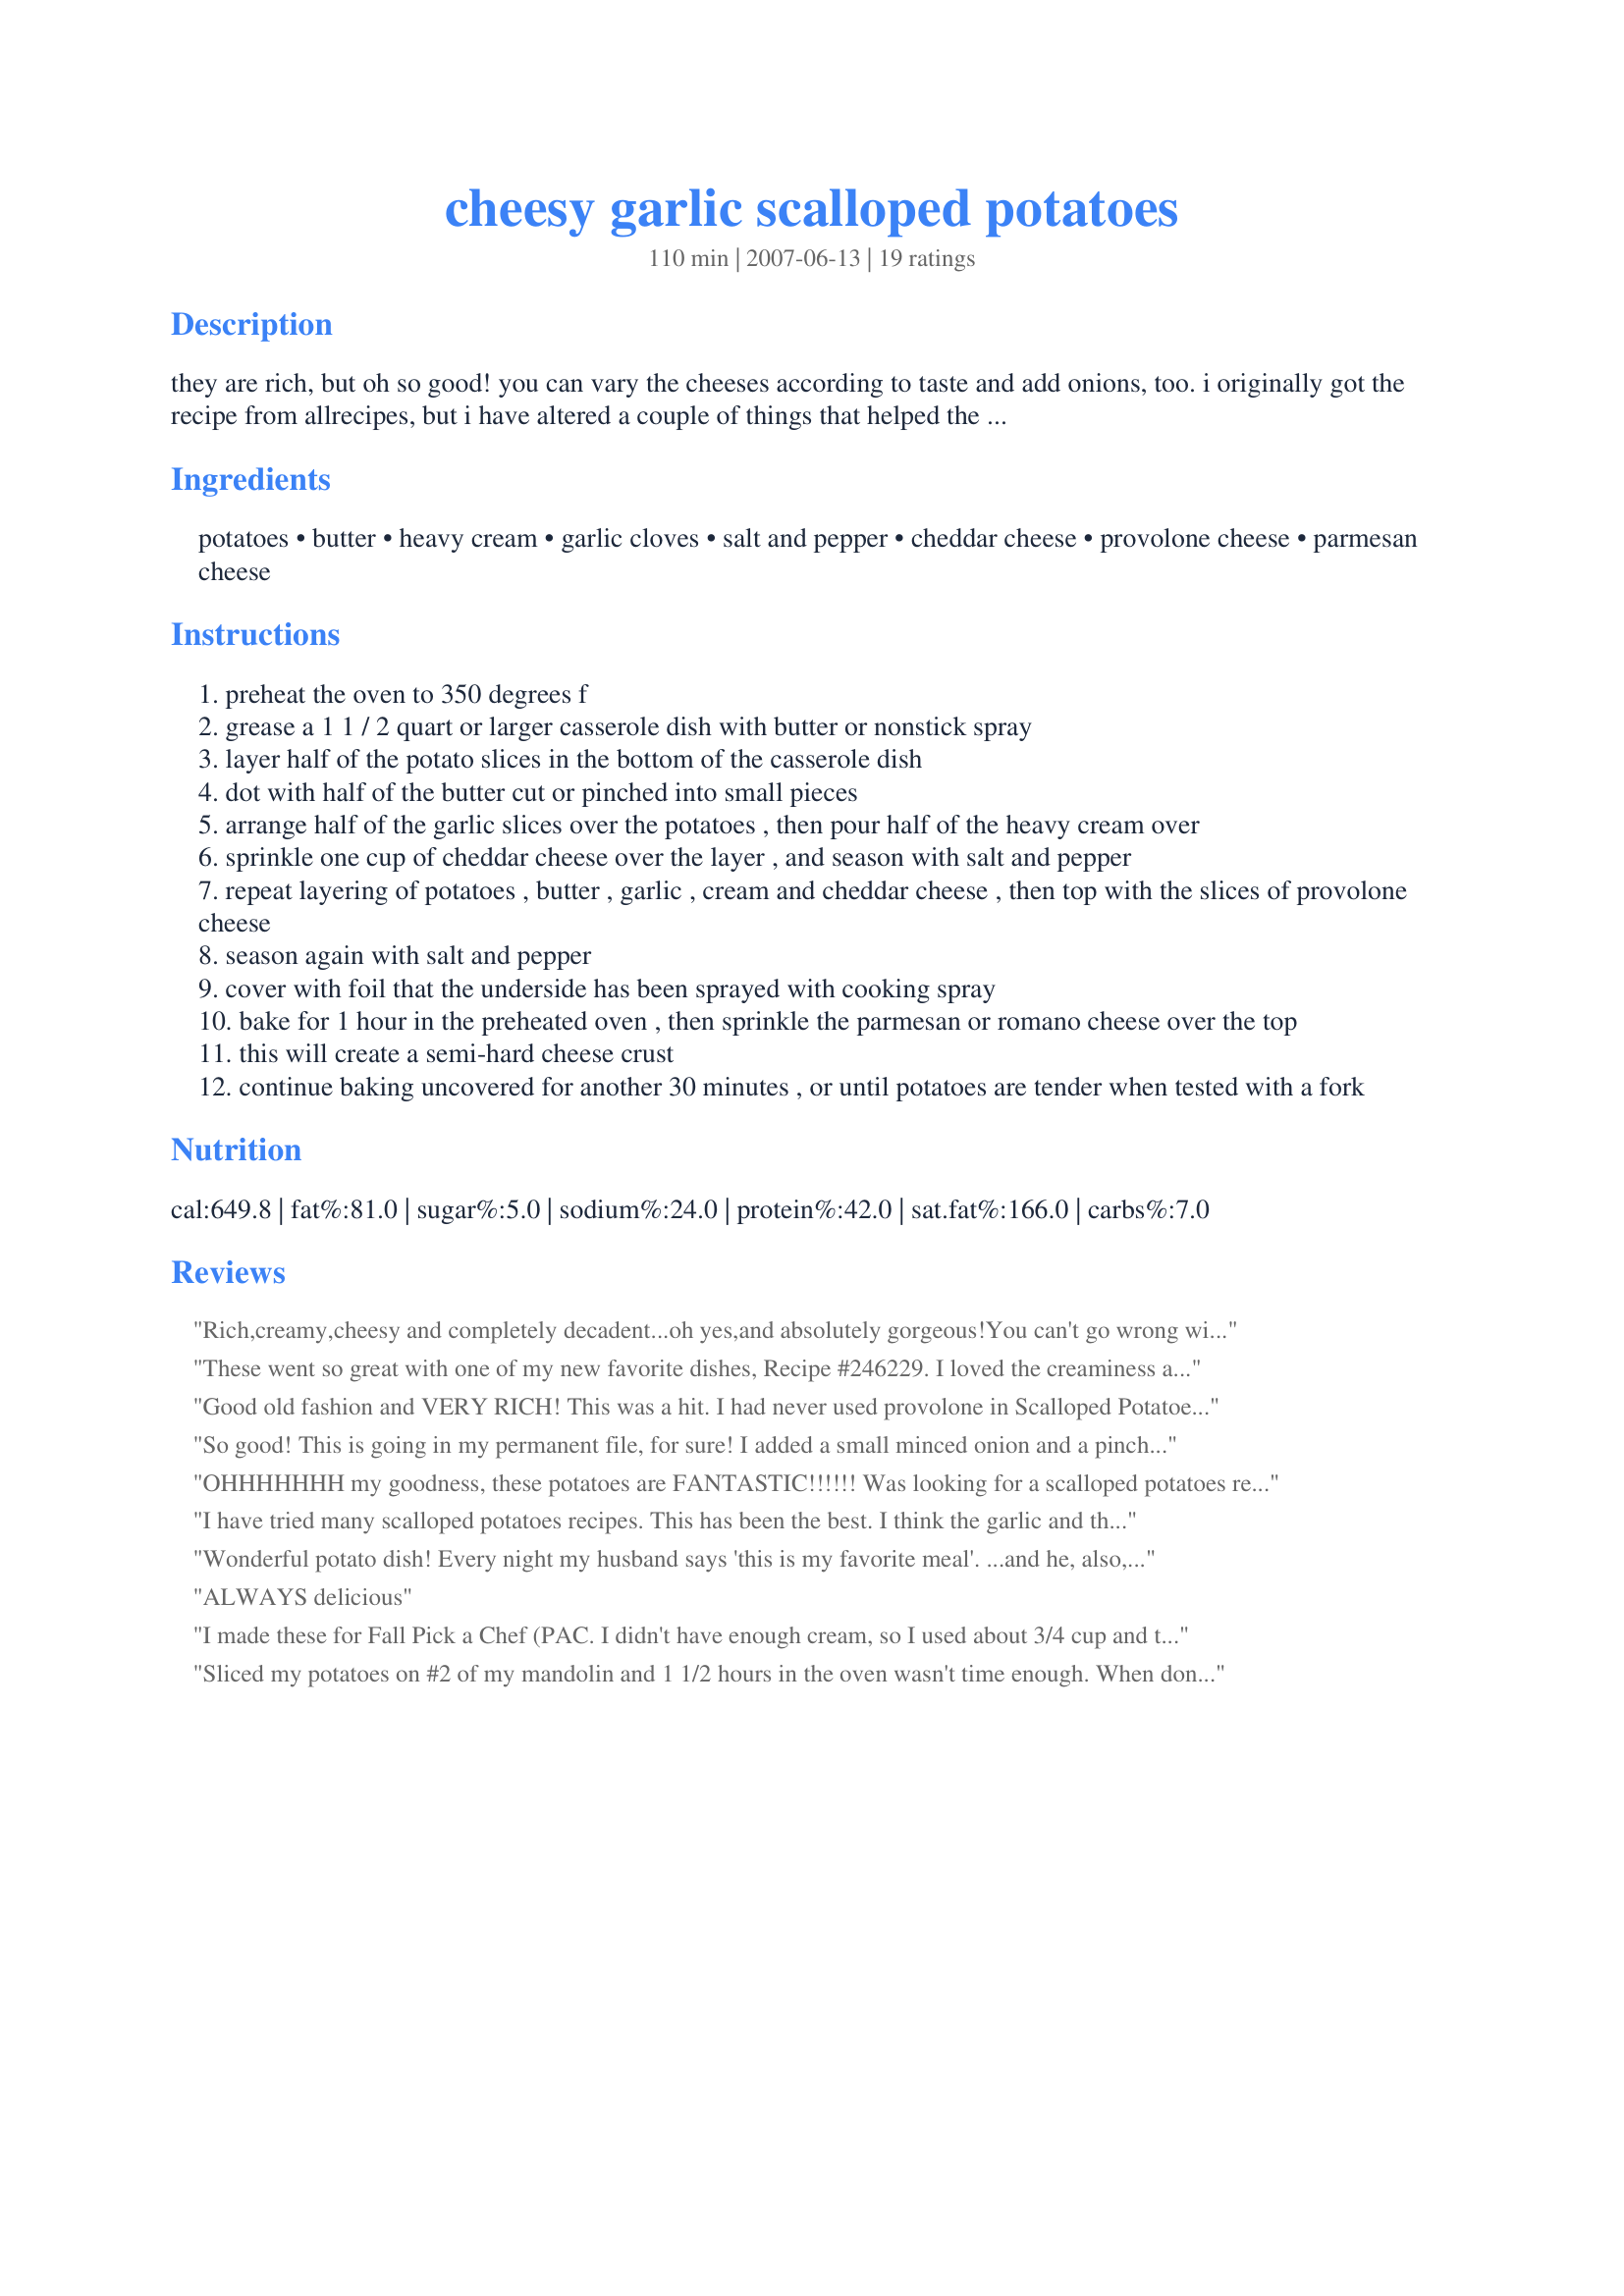
cheesy garlic scalloped potatoes
Preparation time: 110 minutes

they are rich, but oh so good! you can vary the cheeses according to taste and add onions, too. i originally got the recipe from allrecipes, but i have altered a couple of things that helped the recipe we believe. it is a family favorite!

Ingredients:
potatoes, butter, heavy cream, garlic cloves, salt and pepper, cheddar cheese, provolone cheese, parmesan cheese

Steps:
preheat the oven to 350 degrees f
grease a 1 1 / 2 quart or larger casserole dish with butter or nonstick spray
layer half of the potato slices in the bottom of the casserole dish
dot with half of the butter cut or pinched into small pieces
arrange half of the garlic slices over the potatoes , then pour half of the heavy cream over
sprinkle one cup of cheddar cheese over the layer , and season with salt and pepper
repeat layering of potatoes , butter , garlic , cream and cheddar cheese , then top with the slices of provolone cheese
season again with salt and pepper
cover with foil that the underside has been sprayed with cooking spray
bake for 1 hour in the preheated oven , then sprinkle the parmesan or romano cheese over the top
this will create a semi-hard cheese crust
continue baking uncovered for another 30 minutes , or until potatoes are tender when tested with a fork

Reviews:
Rich,creamy,cheesy and completely decadent...oh yes,and absolutely gorgeous!You can't go wrong with this combination of flavours and ingredients..it's fantastic.
I left the skin on my potato (why waste goodness) and sliced very thinly by hand.I subbed mozzarella for Provolone,as I can't get hold of it,and used romano for the topping..I cooked mine for about 15 minutes longer than stated,and it was perfect.The crust was beautifully crisp,giving way to creamy,garlicky,soft potato.
Definately not for those watching their waistlines-a real treat!
Thanks Sweetslady for a real winner!
These went so great with one of my new favorite dishes, Recipe #246229. I loved the creaminess and wonderful flavors of the cheese and garlic! I used the Parmesan cheese this time. These will be enjoyed again! Thanks for sharing it!
Good old fashion and VERY RICH! This was a hit. I had never used provolone in Scalloped Potatoes and I think it gave a bit something extra to the dish. Thanks for the recipe.
So good! This is going in my permanent file, for sure! I added a small minced onion and a pinch of freshly grated nutmeg to mine. I also used recipe #113203 in place of the heavy cream, and it came out wonderful.
Thank you for sharing this.
OHHHHHHH my goodness, these potatoes are FANTASTIC!!!!!! Was looking for a scalloped potatoes recipe to go with my Pork Roast. These were over the top. My DH and I agreed that this might kill us but we would die happy :) Sometimes you just have to treat yourself. Didn't have any any heavy cream so got on the internet and found that 3/4 cup milk plus 1/3 cup melted butter equaled 1 cup heavy cream. Because of the butter in the heavy cream I left out step #4. This recipe is a real keeper.
I have tried many scalloped potatoes recipes. This has been the best. I think the garlic and the parmesan cheese are the key ingredients. I only had fat free 1/2 and 1/2 on hand. I only added some chopped onions b/c I needed to use it up. I used mozzarella cheese instead of provolone only b/c I did not have that either. I would highly recommend slicing your potatoes thin. I did it by hand just to makes sure I did not have to bake longer. The hour and a 1/2 is perfect if you slice your potatoes thin. I think you could play with this recipe by cooking the garlic, adding onions, different kinds of cheese, etc....I will go back to this recipe in the future for scalloped potatoes. Try it, you will like it.Thx for the recipe:)
Wonderful potato dish! Every night my husband says 'this is my favorite meal'. ...and he, also, says he never lies to the moans of DD#2.
ALWAYS delicious
I made these for Fall Pick a Chef (PAC. I didn't have enough cream, so I used about 3/4 cup and the rest I substituted with plain ole milk whisked with 1 TB of cornstarch. I believe I could've used even less without sacrificing either texture or taste. One of the pictures that I will post will show that my potatoes were sliced the thickness of a nickel. Sliced that thick, they took 2 hours to cook. Had they been more the thickness of a dime they would've been tender within the expected time. I used peeled baking potatoes. 1 1/2 pounds worth were 4 medium potatoes about 4 inches in length and 2 inches wide. The liquid makes the potatoes hard to cut into any discernable shape when hot so cutting them cold before reheating resulted in a much nicer presentation on the plate! I liked the way the parmesan made a nice crispy crust on top of the potatoes, but was quite a strong flavor in the end. I would like to try this with mostly the alternate ingredient romano then a nice sprinkle of parmesan. That way, the flavor is more mellow and yet the crust will still be pleasing in texture. The garlic flavor was very pronounced in this recipe and we like that, but I would also like to use my microwave roasted garlic in this for a more mellow alternative. The provolone cheese was definately a nice touch. Thank you Sherry, for posting.
Sliced my potatoes on #2 of my mandolin and 1 1/2 hours in the oven wasn't time enough. When done, they were creamy and delicious. Wanted to add onion but completely forgot so next time. TFS Made for the Beverage Tag.
Followed the recipe exactly and it was so good. The only thing I would do different next time is use a little less butter, there was a bit too much sitting on top of the dish when I took it out of the oven; after removing excess it was perfect. Thanks for sharing!
Love the garlic! This is how I usually make scalloped potatoes but I had never thought of putting garlic in them. YUMMY! Made for Potluck Tag.
This made a delish side for our meatloaf supper tonight. It's very creamy and rich and I loved the combination of cheeses. I followed your recipe exact and used parmesan for the topping. My guys are cheese lovers and so this was most definitely a hit!!
I made this on Christmas eve. My son is a very picky eater and he loved it. So did my husband. Very yummy!
You did it again, SweetsLady. ANOTHER great dish. By slicing the potatoes as thinly as possible, allows for the rich cheesy/creamy sauce to really soak through them. I made this recipe EXACTLY as written and wouldn't change a thing. Thanks for sharing.
Delicious. Big hit at our home. Didn't change a thing and it turned out perfectly. Thank you !!
Delicious scalloped potatoes!!! I have to admit I went the lazy route and used a bag of Simply Potatoes that are already peeled and sliced. The only other thing I did different was to add some chopped onions for more added flavor. Thanks Sweetslady for a great recipe.
I agree: these potatoes are rich, and are definitely NOT low-cal, LOL! They get 5 stars because my husband doesn't normally like scalloped potatoes, but he gobbles these up! :) Just be sure to slice the potatoes very thinly -- I didn't slice all of them as well as I should have, and had to keep checking on them. It was torture, lol, because I just wanted to eat them already! :P **Edit: Had company over for dinner and made these alongside recipe #194939. Was a definite hit!!! I halve the recipe for 4 people, and there was just enough leftover to go with lunch the next day. Thanks, SweetsLady!
These were very good. I followed the recipe exactly other then I used Simply Potatoes as I was a bit short on time. My family really enjoyed them. They will be made again.
